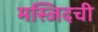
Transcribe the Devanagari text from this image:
मस्जिदची